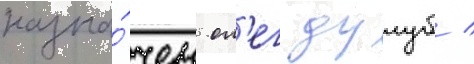
назна́чен ол'ег дулуб /